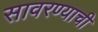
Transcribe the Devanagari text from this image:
सावरण्याची